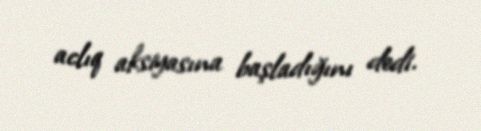
aclıq aksiyasına başladığını dedi.